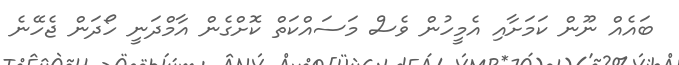
ބައެއް ނޫން ކަމަށާއި އެމީހުން ވެސް މަސައްކަތް ކޮށްގެން އާމްދަނީ ހޯދަން ޖެހޭނެ